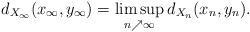
LaTeX: \begin{align*} d_{X_\infty}(x_\infty, y_\infty) = \limsup_{n\nearrow\infty}d_{X_n}(x_n,y_n). \end{align*}